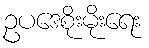
ဥပဒေစိုးမိုးရေး